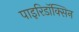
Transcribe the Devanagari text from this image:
पाइरिडॉक्सिन